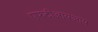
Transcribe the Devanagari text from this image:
एफटीआयआय